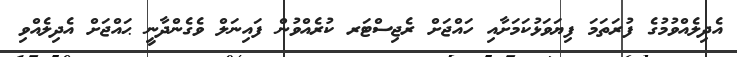
އެދިލެއްވުމުގެ ފުރަތަމަ ފިޔަވަޅުކަމަށާއި ހައްޖަށް ރެޖިސްޓަރ ކުރެއްވުން ފައިނަލް ވެގެންދާނީ ޙައްޖަށް އެދިލެއްވި